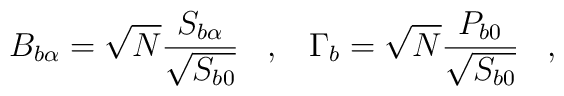
B_{b\alpha} = \sqrt{N} \frac{S_{b\alpha}}{\sqrt{S_{b0}}} \;\;\; , \;\;\;	\Gamma_b = \sqrt{N} \frac{P_{b0}}{\sqrt{S_{b0}}} \;\;\; ,